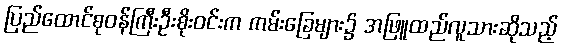
ပြည်ထောင်စုဝန်ကြီးဦးစိုးဝင်းက ကမ်းခြေများ၌ အဖြူထည်လူသားဆိုသည့်